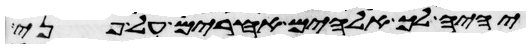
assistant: יהיה לך אלהים אחרים על פני